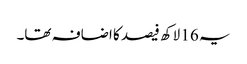
یہ 16 لاکھ فیصد کا اضافہ تھا۔